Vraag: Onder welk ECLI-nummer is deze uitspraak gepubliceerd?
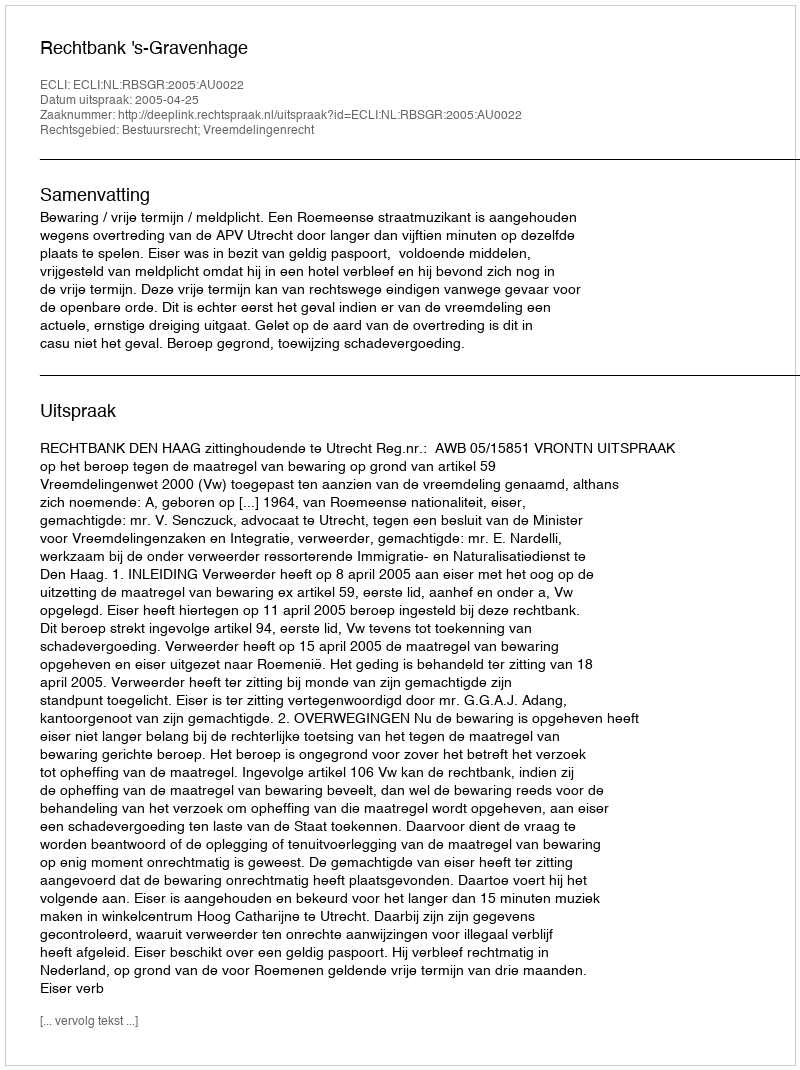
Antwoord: ECLI:NL:RBSGR:2005:AU0022